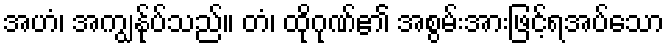
အဟံ၊ အကျွန်ုပ်သည်။ တံ၊ ထိုဂုဏ်၏ အစွမ်းအားဖြင့်ရအပ်သော